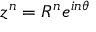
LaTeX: z ^ { n } = R ^ { n } e ^ { i n \theta }